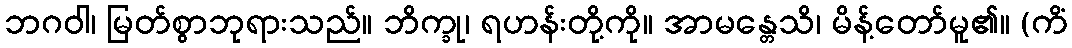
ဘဂဝါ၊ မြတ်စွာဘုရားသည်။ ဘိက္ခု၊ ရဟန်းတို့ကို။ အာမန္တေသိ၊ မိန့်တော်မူ၏။ (ကိံ